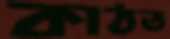
কাঠত